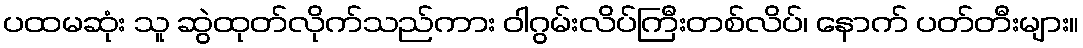
ပထမဆုံး သူ ဆွဲထုတ်လိုက်သည်ကား ဝါဂွမ်းလိပ်ကြီးတစ်လိပ်၊ နောက် ပတ်တီးများ။